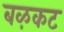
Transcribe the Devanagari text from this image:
बऴकट